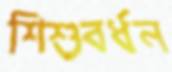
শিশুবর্ধন